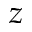
z